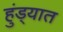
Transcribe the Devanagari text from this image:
हुंड्यात